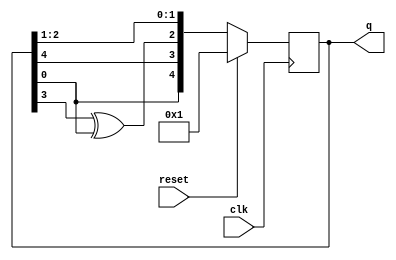
// linear feedback shift register
// 
// GaloisLFSR 
// 
module top_module(
    input clk,
    input reset,    // Active-high synchronous reset to 5'h1
    output reg [4:0] q
);

    always@(posedge clk)begin
        if(reset)
            q <= 5'h1;
        else
            q <= {1'b0 ^ q[0],q[4] ,q[3] ^ q[0] ,q[2] , q[1]};
    end


endmodule